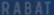
RABAT